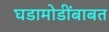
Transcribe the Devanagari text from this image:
घडामोडींबाबत